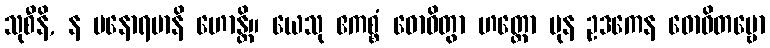
သုစီနိ, န မနောရမာနိ ဟောန္တိ။ ယေသု ဧကစ္စံ ဓောဝိတွာ ဟတ္ထော ပုန ဥဒကေန ဓောဝိတဗ္ဗော